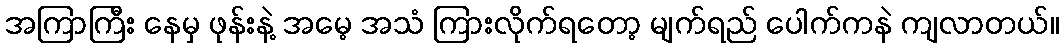
အကြာကြီး နေမှ ဖုန်းနဲ့ အမေ့ အသံ ကြားလိုက်ရတော့ မျက်ရည် ပေါက်ကနဲ ကျလာတယ်။